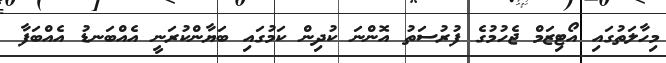
މިހާލަތުގައި އޯޓިޒަމް ޖެހުމުގެ ފުރުސަތު އޮންނަ ކުދިންް ކަމުގައި ބަޔާންކުރަނީ އެއްބަނޑު އެއްބަފާ